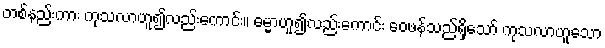
တစ်နည်းကား ကုသလာဟူ၍လည်းကောင်း။ ဓမ္မာဟူ၍လည်းကောင်း ဝေဖန်သည်ရှိသော် ကုသလာဟူသော